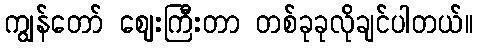
ကျွန်တော် ဈေးကြီးတာ တစ်ခုခုလိုချင်ပါတယ်။